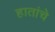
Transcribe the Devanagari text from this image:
हातांचे